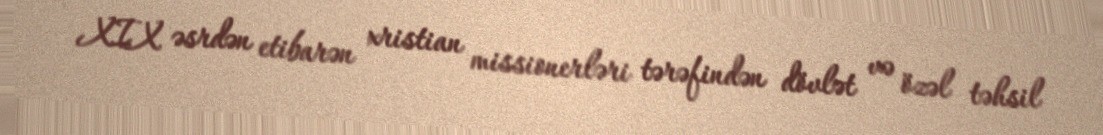
XIX əsrdən etibarən xristian missionerləri tərəfindən dövlət və özəl təhsil